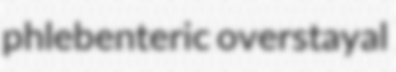
phlebenteric overstayal